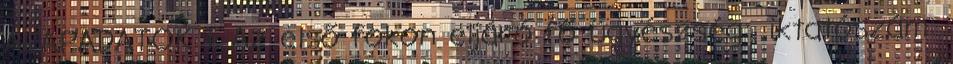
ALAPADATOK 1. Az első fokon eljáró fő ügyészség:. iktatószám: